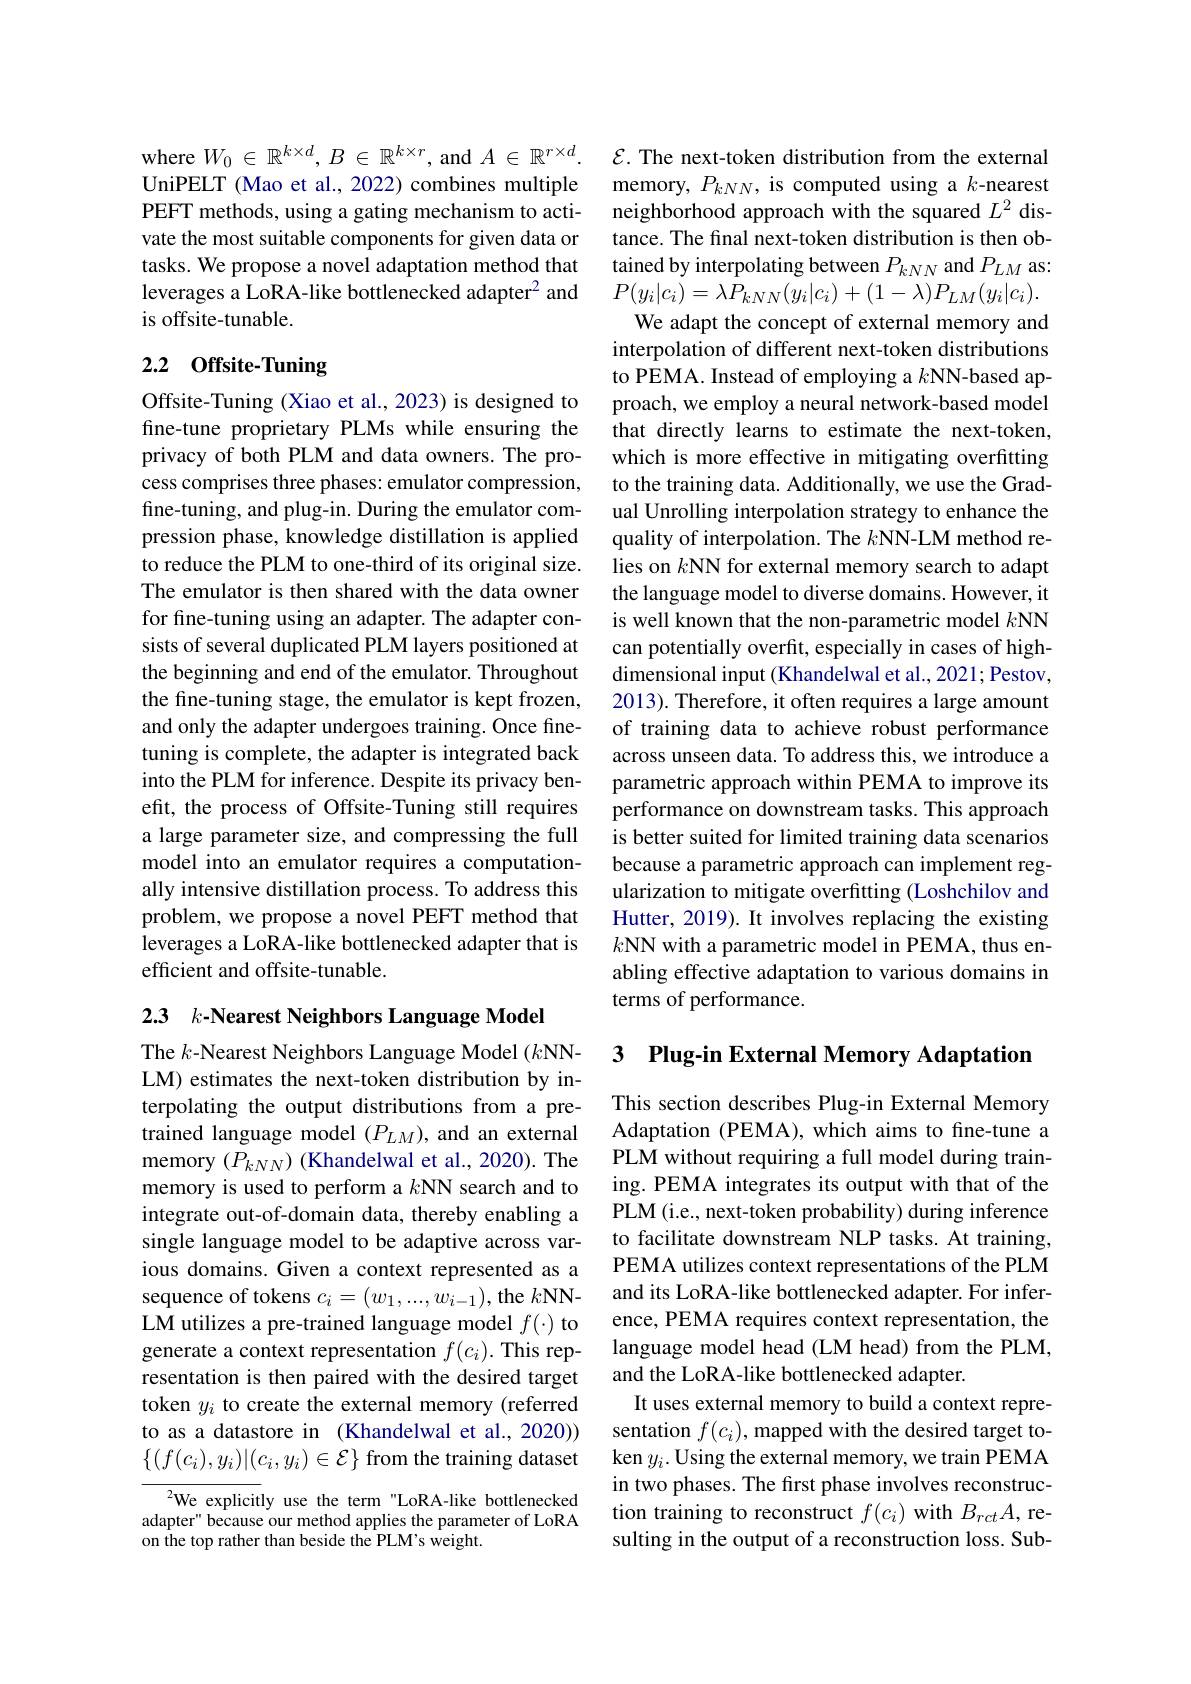
where $W_0\in\mathbb{R}^{k\times d},B\in\mathbb{R}^{k\times r}$, and $A\in\mathbb{R}^r\times d.$ UniPELT (Mao et al., 2022) combines multiple PEFT methods, using a gating mechanism to activate the most suitable components for given data or tasks. We propose a novel adaptation method that leverages a LoRA-like bottlenecked adapter$^{2}$ and is offsite-tunable.

## 2.2 Offsite-Tuning

Offsite-Tuning (Xiao et al., 2023) is designed to fine-tune proprietary PLMs while ensuring the privacy of both PLM and data owners. The process comprises three phases: emulator compression, fine-tuning, and plug-in. During the emulator compression phase, knowledge distillation is applied to reduce the PLM to one-third of its original size. The emulator is then shared with the data owner for fine-tuning using an adapter. The adapter consists of several duplicated PLM layers positioned at the beginning and end of the emulator. Throughout the fine-tuning stage, the emulator is kept frozen, and only the adapter undergoes training. Once finetuning is complete, the adapter is integrated back into the PLM for inference. Despite its privacy benefit, the process of Offsite-Tuning still requires a large parameter size, and compressing the full model into an emulator requires a computationally intensive distillation process. To address this problem, we propose a novel PEFT method that leverages a LoRA-like bottlenecked adapter that is efficient and offsite-tunable.

2.3 k-Nearest Neighbors Language Model

The $k$-Nearest Neighbors Language Model $(k$NNLM) estimates the next-token distribution by interpolating the output distributions from a pretrained language model $(P_{LM})$,and an external memory $(\bar{P}_{kNN})$ (Khandelwal et al., 2020). The memory is used to perform a $k$NN search and to integrate out-of-domain data, thereby enabling a single language model to be adaptive across various domains. Given a context represented as a sequence of tokens $c_i=(w_1,...,w_{i-1})$, the $k$NNLM utilizes a pre-trained language model $f(\cdot)$ to generate a context representation $f(c_i).$ This representation is then paired with the desired target token $y_i$ to create the external memory (referred to as a datastore in (Khandelwal et al.,2020)) $\{(f(c_i),y_i)|(c_i,y_i)\in\mathcal{E}\}$ from the training dataset

$^{2}$We explicitly use the term"LoRA-like bottlenecked adapter" because our method applies the parameter of LoRA on the top rather than beside the PLM's weight.

$\mathcal{E}.$ The next-token distribution from the external memory, $P_kNN$, is computed using a $k$-nearest neighborhood approach with the squared $L^2$ distance. The final next-token distribution is then obtained by interpolating between $P_{kNN}$ and $P_{LM}$ as: $P(y_{i}|c_{i})=\lambda\bar{P}_{kNN}(\bar{y_{i}}|c_{i})+(1-\lambda)P_{LM}(y_{i}|c_{i}).$
We adapt the concept of external memory and interpolation of different next-token distributions to PEMA. Instead of employing a $k$NN-based approach, we employ a neural network-based model that directly learns to estimate the next-token, which is more effective in mitigating overfitting to the training data. Additionally, we use the Gradual Unrolling interpolation strategy to enhance the quality of interpolation. The $k$NN-LM method relies on $k$NN for external memory search to adapt the language model to diverse domains. However, it is well known that the non-parametric model $k$NN can potentially overfit, especially in cases of highdimensional input (Khandelwal et al., 2021; Pestov 2013). Therefore, it often requires a large amount of training data to achieve robust performance across unseen data. To address this, we introduce a parametric approach within PEMA to improve its performance on downstream tasks. This approach is better suited for limited training data scenarios because a parametric approach can implement regularization to mitigate overfitting (Loshchilov and Hutter, 2019). It involves replacing the existing $k$NN with a parametric model in PEMA, thus enabling effective adaptation to various domains in terms of performance.

3 Plug-in External Memory Adaptation

This section describes Plug-in External Memory Adaptation (PEMA), which aims to fne-tune a PLM without requiring a full model during training. PEMA integrates its output with that of the PLM (i.e., next-token probability) during inference to facilitate downstream NLP tasks. At training, PEMA utilizes context representations of the PLM and its LoRA-like bottlenecked adapter. For inference, PEMA requires context representation, the language model head (LM head) from the PLM, and the LoRA-like bottlenecked adapter.
It uses external memory to build a context representation $f(c_i)$, mapped with the desired target token $y_i.$ Using the external memory, we train PEMA in two phases. The frst phase involves reconstruction training to reconstruct $f(c_i)$ with $B_rctA$, resulting in the output of a reconstruction loss. Sub-